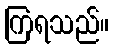
ကြရသည်။